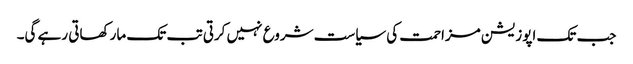
جب تک اپوزیشن مزاحمت کی سیاست شروع نہیں کرتی تب تک مار کھاتی رہے گی۔